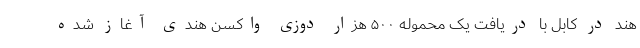
هند در کابل با دریافت یک محموله ۵۰۰ هزار دوزی واکسن هندی آغاز شده